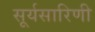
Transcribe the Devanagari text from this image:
सूर्यसारिणी